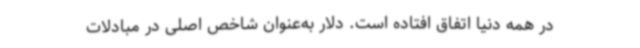
در همه دنیا اتفاق افتاده است. دلار به‌عنوان شاخص اصلی در مبادلات